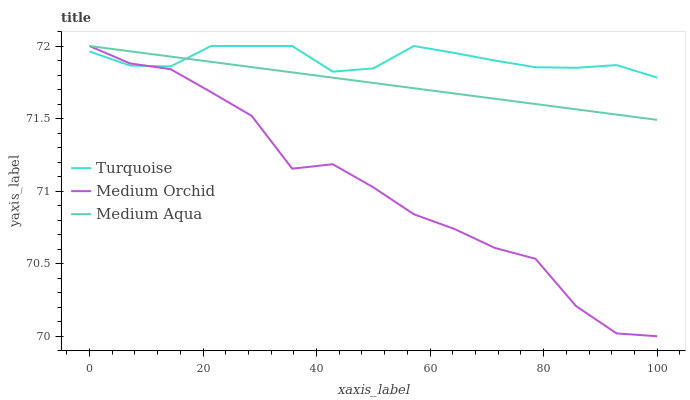
| xaxis_label | Turquoise | Medium Orchid | Medium Aqua |
 | --- | --- | --- | --- |
 | 0 | 72 | 72 | 72 |
 | 7.14 | 71.9 | 71.9 | 72 |
 | 14.3 | 71.9 | 71.8 | 71.9 |
 | 21.4 | 72 | 71.7 | 71.9 |
 | 28.6 | 72 | 71.5 | 71.9 |
 | 35.7 | 72 | 71.2 | 71.8 |
 | 42.9 | 71.8 | 71.2 | 71.8 |
 | 50 | 71.8 | 71 | 71.7 |
 | 57.1 | 72 | 70.8 | 71.7 |
 | 64.3 | 72 | 70.7 | 71.7 |
 | 71.4 | 71.9 | 70.6 | 71.6 |
 | 78.6 | 71.9 | 70.5 | 71.6 |
 | 85.7 | 71.8 | 70.2 | 71.6 |
 | 92.9 | 71.9 | 70 | 71.5 |
 | 100 | 71.8 | 70 | 71.5 |